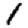
Digit: 1